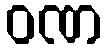
ဝဏ